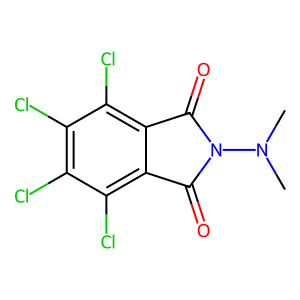
SMILES: CN(C)N1C(=O)c2c(Cl)c(Cl)c(Cl)c(Cl)c2C1=O
Inhibits HIV replication: No